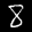
Label: 8